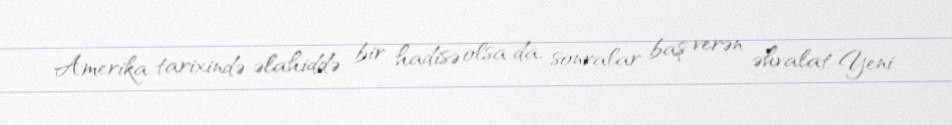
Amerika tarixində əlahiddə bir hadisə olsa da, sonralar baş verən əhvalat Yeni